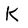
Character: K